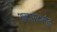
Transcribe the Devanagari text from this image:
शब्दासंदर्भात